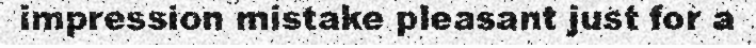
impression mistake pleasant just for a